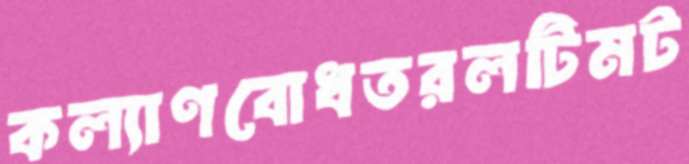
কল্যাণবোধতরলটিমট